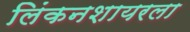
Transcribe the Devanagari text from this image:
लिंकनशायरला